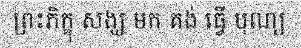
ព្រះភិក្ខុ សង្ឃ មក គង់ ធ្វើ បុណ្យ